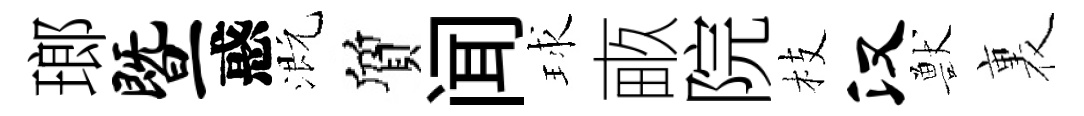
瑯暨惑溉質闻球畞院枝汉獸裏